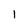
Character: 1